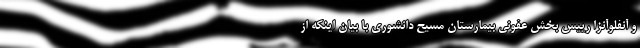
و آنفلوآنزا رییس بخش عفونی بیمارستان مسیح دانشوری با بیان اینکه از